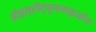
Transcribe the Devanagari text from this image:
डीइंस्टीट्यूनलाइजोन